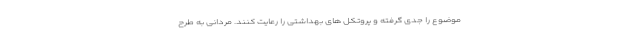
موضوع را جدی گرفته و پروتکل های بهداشتی را رعایت کنند. مردانی به طرح